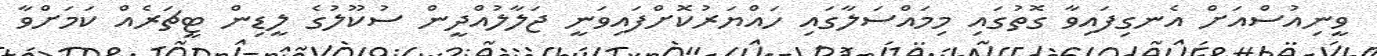
ވީނިއުސްއަށް އެނގިފައިވާ ގޮތުގައި މިމައްސަލާގައި ހައްޔަރުކޮށްފައިވަނީ ޖަލާލުއްދީން ސުކޫލުގެ ލީޑިން ޓީޗަރެއް ކަމަށްވާ